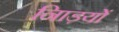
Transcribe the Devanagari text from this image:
नािड़यों